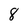
Character: 8